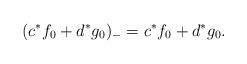
LaTeX: \begin{gather*}(c^{*}f_0+d^{*}g_0 )_{-}=c^{*}f_0+d^{*}g_0.\end{gather*}